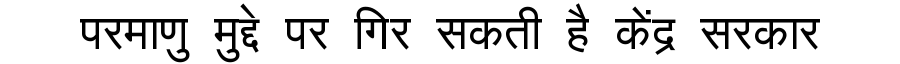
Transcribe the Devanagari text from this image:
परमाणु मुद्दे पर गिर सकती है केंद्र सरकार